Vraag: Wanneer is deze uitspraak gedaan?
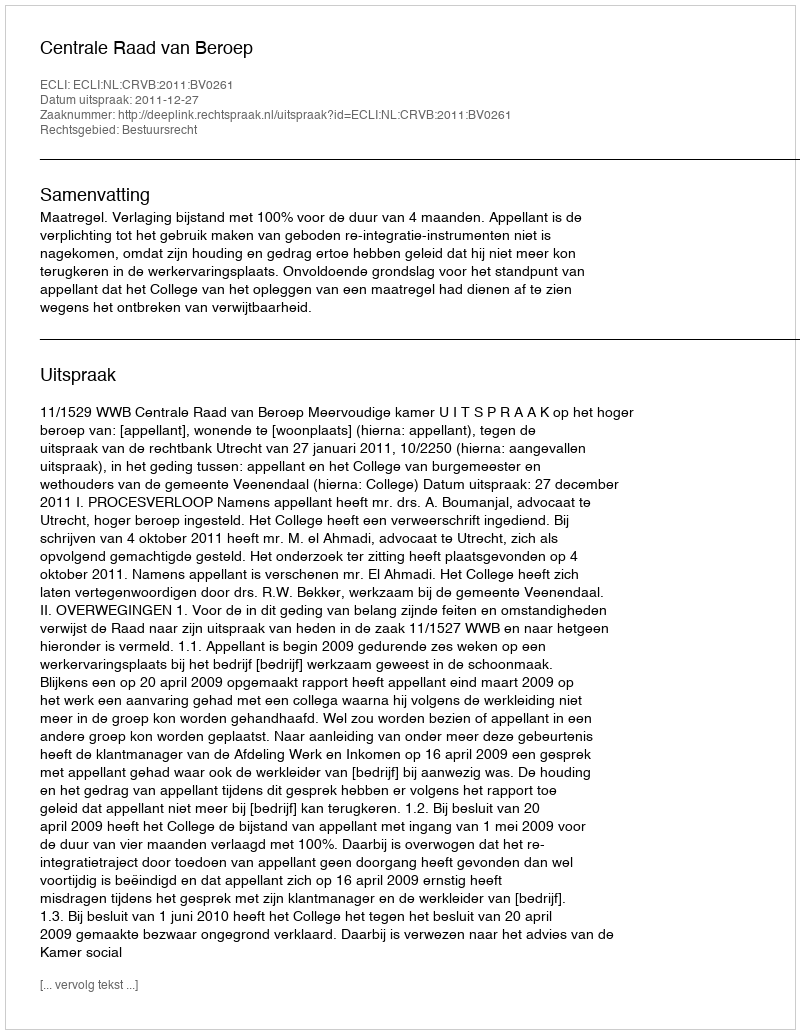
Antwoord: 2011-12-27